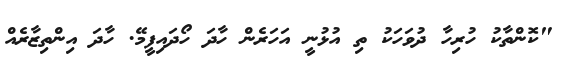
"ކޮންތާކު ހުރިހާ ދުވަހަކު ތި އުޅުނީ އަހަރެން ހާދަ ހޯދައިފީމޭ. ހާދަ އިންތިޒާރެއް